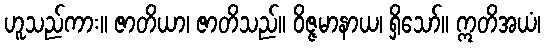
ဟူသည်ကား။ ဇာတိယာ၊ ဇာတိသည်။ ဝိဇ္ဇမာနာယ၊ ရှိသော်။ ဣတိအယံ၊